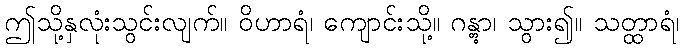
ဤသို့နှလုံးသွင်းလျက်။ ဝိဟာရံ၊ ကျောင်းသို့။ ဂန္တွာ၊ သွား၍။ သတ္ထာရံ၊